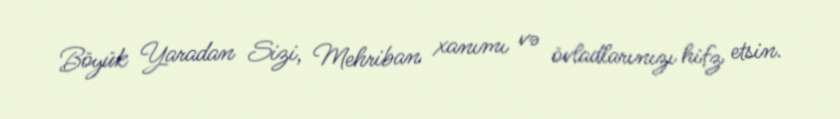
Böyük Yaradan Sizi, Mehriban xanımı və övladlarınızı hifz etsin.